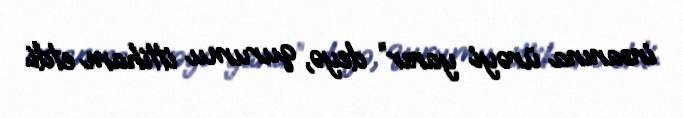
insanına ürəyi yanır” deyə, qurumu ittiham etdi.